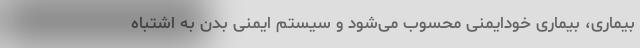
بیماری، بیماری خودایمنی محسوب می‌شود و سیستم ایمنی بدن به‌ اشتباه